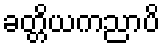
ခတ္တိယကညာပိ